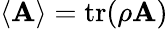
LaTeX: \langle\mathbf{A}\rangle=\operatorname{tr}(\rho\mathbf{A})